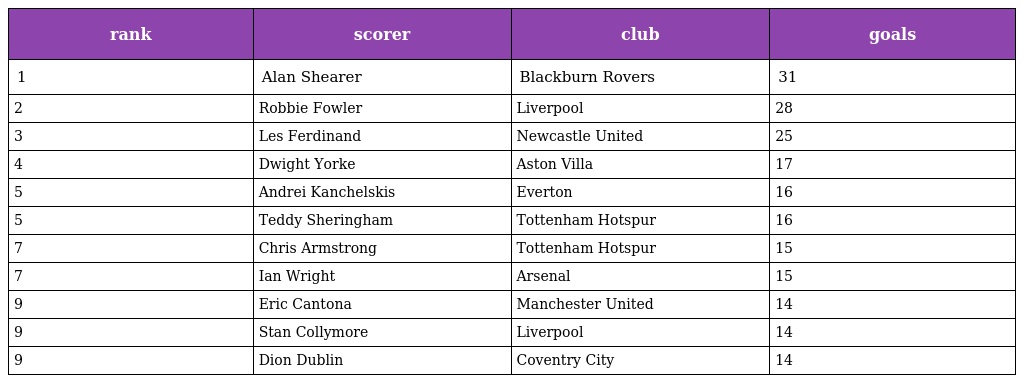
| rank | scorer | club | goals |
 | --- | --- | --- | --- |
 | 1 | Alan Shearer | Blackburn Rovers | 31 |
 | 2 | Robbie Fowler | Liverpool | 28 |
 | 3 | Les Ferdinand | Newcastle United | 25 |
 | 4 | Dwight Yorke | Aston Villa | 17 |
 | 5 | Andrei Kanchelskis | Everton | 16 |
 | 5 | Teddy Sheringham | Tottenham Hotspur | 16 |
 | 7 | Chris Armstrong | Tottenham Hotspur | 15 |
 | 7 | Ian Wright | Arsenal | 15 |
 | 9 | Eric Cantona | Manchester United | 14 |
 | 9 | Stan Collymore | Liverpool | 14 |
 | 9 | Dion Dublin | Coventry City | 14 |